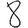
Digit: 8